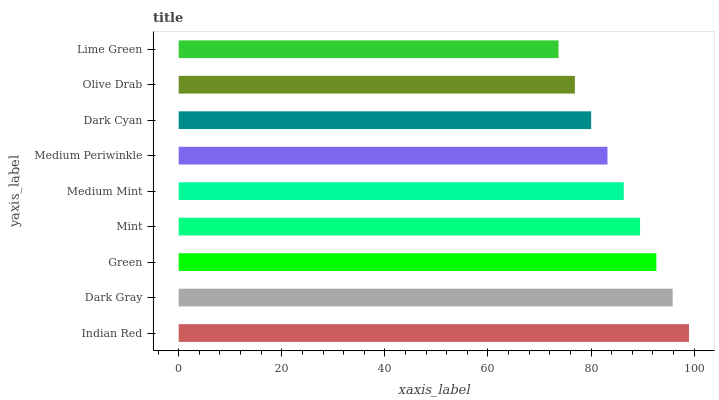
| yaxis_label | bars |
 | --- | --- |
 | Indian Red | 99 |
 | Dark Gray | 95.8 |
 | Green | 92.7 |
 | Mint | 89.5 |
 | Medium Mint | 86.3 |
 | Medium Periwinkle | 83.2 |
 | Dark Cyan | 80 |
 | Olive Drab | 76.9 |
 | Lime Green | 73.7 |